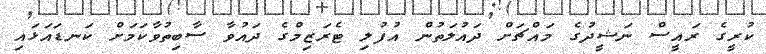
ކުރީގެ ރައީސް ނަޝީދުގެ މައްޗަށް ދައުލަތުން އުފުލި ޓެރަޒިމްގެ ދައުވާ ސާބިތުވާކަމަށް ކަނޑައަޅައި